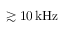
\gtrsim 1 0 \, \mathrm { k H z }